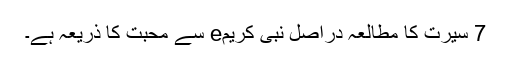
7 سیرت کا مطالعہ دراصل نبی کریمe سے محبت کا ذریعہ ہے۔